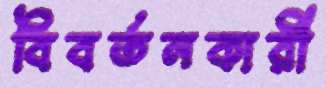
বিবর্তনকারী